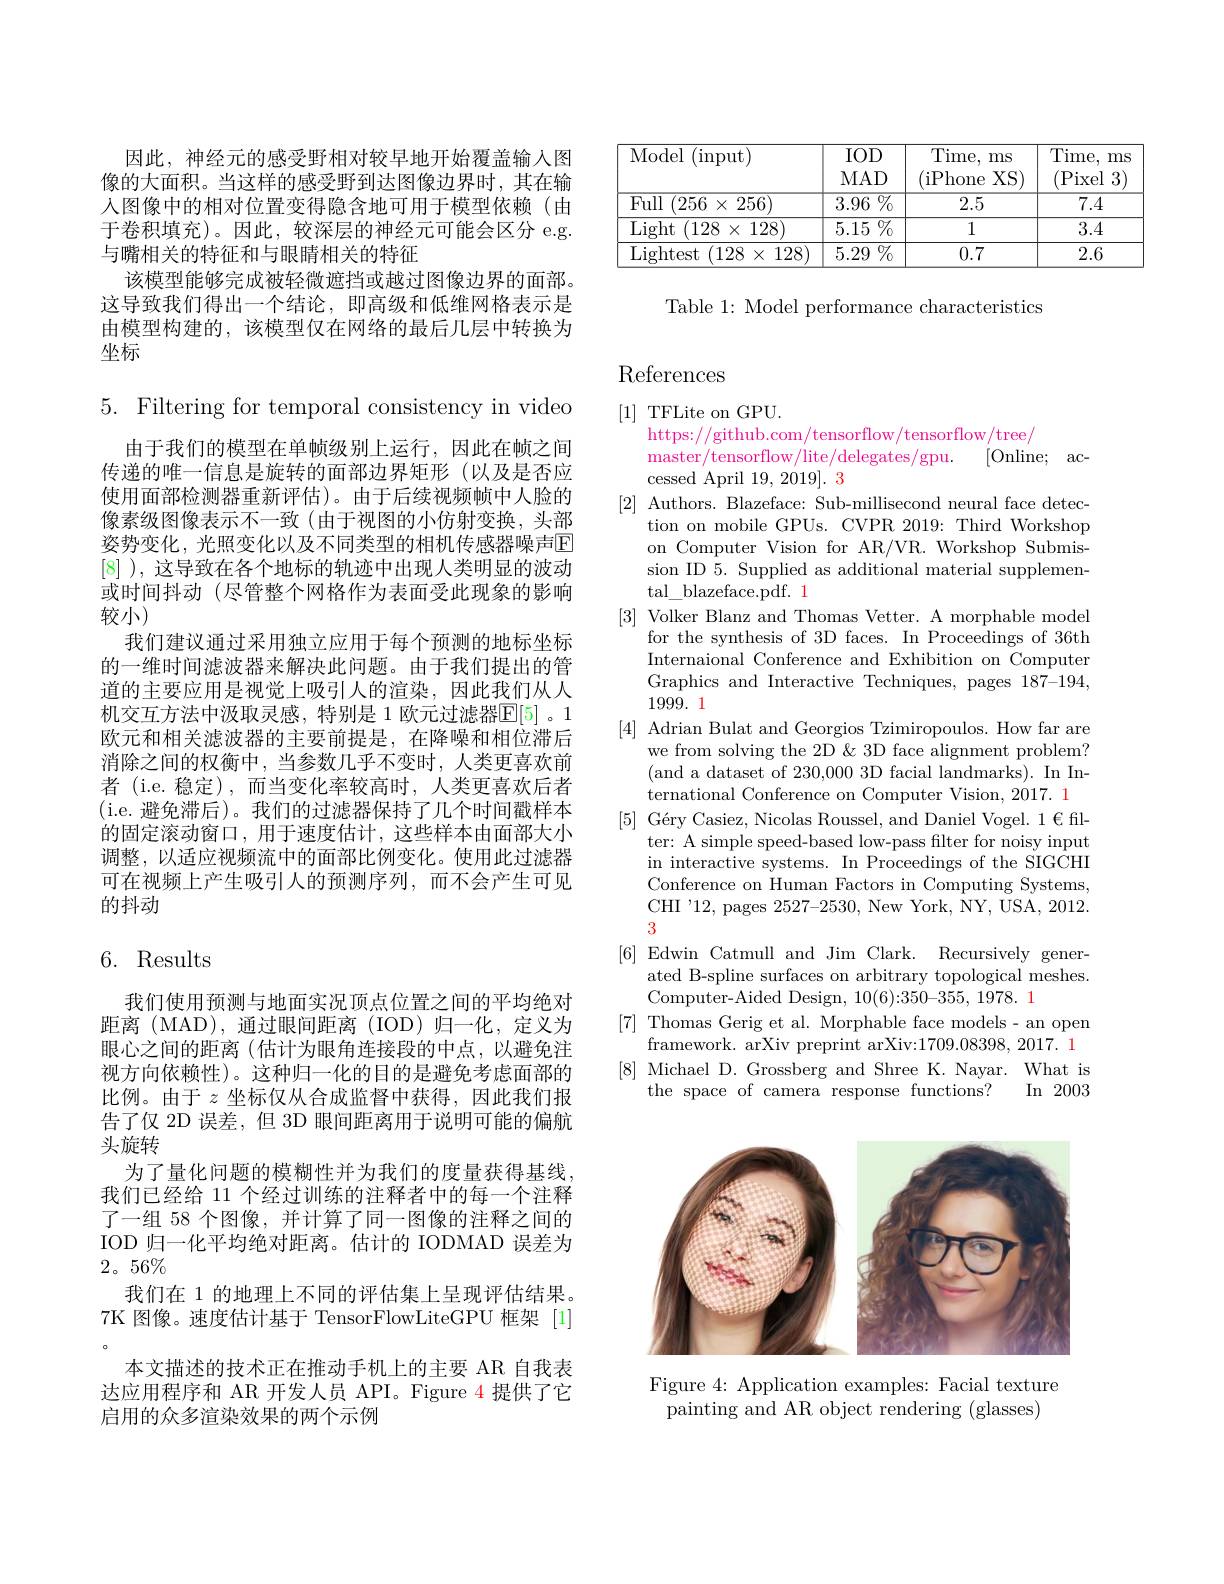
<table>
	<tbody>
		<tr>
			<th>Model 1 $(\operatorname*{input})$</th>
			<th>$IOD$ $MAD$</th>
			<th>Time, ms (iPhone $XS)$</th>
			<th>Time, ms (Pixel 3</th>
		</tr>
		<tr>
			<td>Full $(256\times256)$</td>
			<td>$\overline{3.96\%}$</td>
			<td>2.5</td>
			<td>7.4</td>
		</tr>
		<tr>
			<td>Light $(128\times128)$</td>
			<td>$\overline{5.15\%}$</td>
			<td>1</td>
			<td>3.4</td>
		</tr>
		<tr>
			<td>Lightest $(128\times128)$</td>
			<td>$5.29\%$</td>
			<td>0.7</td>
			<td>2.6</td>
		</tr>
	</tbody>
</table>

Table 1: Model performance characteristics

因此，神经元的感受野相对较早地开始覆盖输入图像的大面积。当这样的感受野到达图像边界时，其在输入图像中的相对位置变得隐含地可用于模型依赖(由于卷积填充)。因此，较深层的神经元可能会区分 e.g. 与嘴相关的特征和与眼睛相关的特征
该模型能够完成被轻微遮挡或越过图像边界的面部。这导致我们得出一个结论，即高级和低维网格表示是由模型构建的，该模型仅在网络的最后几层中转换为坐标

5. Filtering for temporal consistency in video

由于我们的模型在单帧级别上运行，因此在帧之间传递的唯一信息是旋转的面部边界矩形(以及是否应使用面部检测器重新评估)。由于后续视频帧中人脸的像素级图像表示不一致(由于视图的小仿射变换，头部姿势变化，光照变化以及不同类型的相机传感器噪声$\overline{\mathrm{E}}$ [8] ), 这导致在各个地标的轨迹中出现人类明显的波动或时间抖动 (尽管整个网格作为表面受此现象的影响较小)
我们建议通过采用独立应用于每个预测的地标坐标的一维时间滤波器来解决此问题。由于我们提出的管道的主要应用是视觉上吸引人的渲染，因此我们从人机交互方法中汲取灵感，特别是 1 欧元过滤器$\overline{\mathbb{E}}[5]$ 。1欧元和相关滤波器的主要前提是，在降噪和相位滞后消除之间的权衡中，当参数几乎不变时，人类更喜欢前者 (i.e. 稳定),而当变化率较高时，人类更喜欢后者(i.e.避免滞后)。我们的过滤器保持了几个时间戳样本的固定滚动窗口，用于速度估计，这些样本由面部大小调整，以适应视频流中的面部比例变化。使用此过滤器可在视频上产生吸引人的预测序列，而不会产生可见的抖动

# 6. Results

我们使用预测与地面实况顶点位置之间的平均绝对距离 (MAD),通过眼间距离 (IOD)归一化，定义为眼心之间的距离(估计为眼角连接段的中点，以避免注视方向依赖性)。这种归一化的目的是避免考虑面部的比例。由于$z$坐标仅从合成监督中获得，因此我们报告了仅 2D 误差，但 3D 眼间距离用于说明可能的偏航头旋转
为了量化问题的模糊性并为我们的度量获得基线我们已经给 11 个经过训练的注释者中的每一个注释了一组 58 个图像，并计算了同一图像的注释之间的IOD 归一化平均绝对距离。估计的 IODMAD 误差为$2。56\%$
我们在 1 的地理上不同的评估集上呈现评估结果。7K 图像。速度估计基于 TensorFlowLiteGPU 框架 [1]
本文描述的技术正在推动手机上的主要 AR 自我表达应用程序和 AR 开发人员 API。Figure 4 提供了它启用的众多渲染效果的两个示例

# References

[1] TFLite on GPU.
https://github.com/tensorflow/tensorflow/tree/
[Online; ac-
master/ tensorflow/ lite/ delegates/ gpu.
cessed April 19, 2019]. 3
[2] Authors. Blazeface: Sub-millisecond neural face detec-
tion on mobile GPUs. CVPR 2019: Third Workshop on Computer Vision for AR/VR. Workshop Submission ID 5. Supplied as additional material supplemen- $\operatorname{tal\_blazeface.pdf.}1$
[3] Volker Blanz and Thomas Vetter. A morphable model
for the synthesis of 3D faces. In Proceedings of 36th Internaional Conference and Exhibition on Computer Graphics and Interactive Techniques, pages 187-194, 1999.1
[4] Adrian Bulat and Georgios Tzimiropoulos. How far are
we from solving the 2D &3D face alignment problem? (and a dataset of 230,000 3D facial landmarks). In International Conference on Computer Vision, 2017. 1
$[ 5] \text{ G\' {e}ryCasiez, NicolasRoussel, andDanielVogel. 1€ fil- }$
ter: A simple speed-based low-pass filter for noisy input in interactive systems. In Proceedings of the SIGCHI Conference on Human Factors in Computing Systems, CHI'12,pages 2527-2530, New York, NY, USA, 2012. 3
[6] Edwin Catmull and Jim Clark. Recursively gener-
ated B-spline surfaces on arbitrary topological meshes.
Computer-Aided Design, 10(6):350–355, 1978. 1
[7] Thomas Gerig et al. Morphable face models- an open
framework. arXiv preprint arXiv:1709.08398, 2017. 1 [8] Michael D.Grossberg and Shree K. Nayar. What is
In 2003
the space of camera response functions?

<FigureHere>

Figure 4: Application examples: Facial texture
${\mathrm{painting~and~AR~object~rendering~(glasses)}}$